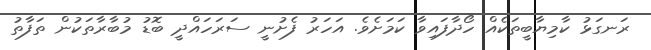
ރަނގަޅު ކާމިޔާބީތަކެއް ހޯދާފައިވާ ކަމަށެވެ. އަހަރު ފެށުނީ ސަރަހައްދީ ބޮޑު މުބާރާތަކުން ތަފާތު